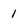
Character: 1